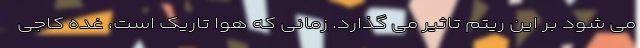
می شود بر این ریتم تاثیر می گذارد. زمانی که هوا تاریک است، غده کاجی